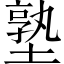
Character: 塾